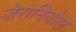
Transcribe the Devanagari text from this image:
जेरानियोल